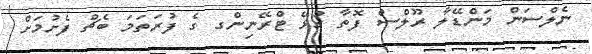
ނެލްސަން މަންޑޭލާ ރޫލްސް ފޮތާ ގުޅޭ ޓްރޭނިންގ ގެ ފުރަތަމަ ބެޗް ފެށުމަށް